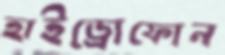
হাইড্রোফোন